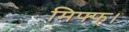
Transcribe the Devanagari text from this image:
मिफ्फ्।